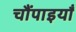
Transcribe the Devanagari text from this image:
चौंपाइयाँ